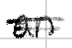
Text: an
Cross-out: double-line
Writing tool: digital_black